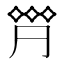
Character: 𠄷